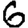
Digit: 6